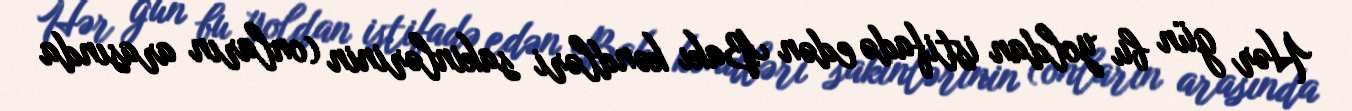
Hər gün bu yoldan istifadə edən Bakı kəndləri sakinlərinin (onların arasında